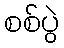
စစ်ပွဲ